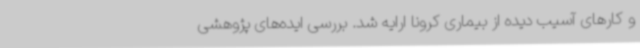
و کارهای آسیب دیده از بیماری کرونا ارایه شد. بررسی ایده‌های پژوهشی